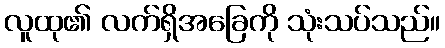
လူထု၏ လက်ရှိအခြေကို သုံးသပ်သည်။